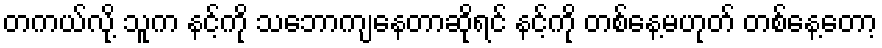
တကယ်လို့ သူက နင့်ကို သဘောကျနေတာဆိုရင် နင့်ကို တစ်နေ့မဟုတ် တစ်နေ့တော့